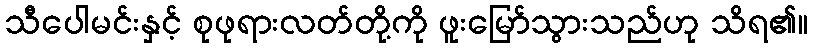
သီပေါမင်းနှင့် စုဖုရားလတ်တို့ကို ဖူးမြော်သွားသည်ဟု သိရ၏။